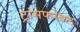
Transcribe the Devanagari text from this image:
ट्रांसफरेबल